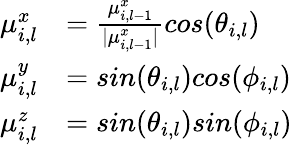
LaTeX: \begin{array}{rl}{\mu_{i,l}^{x}}&{=\frac{\mu_{i,l-1}^{x}}{|\mu_{i,l-1}^{x}|}cos(\theta_{i,l})}\\ {\mu_{i,l}^{y}}&{=sin(\theta_{i,l})cos(\phi_{i,l})}\\ {\mu_{i,l}^{z}}&{=sin(\theta_{i,l})sin(\phi_{i,l})}\end{array}